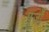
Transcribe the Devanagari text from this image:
पूर्जों